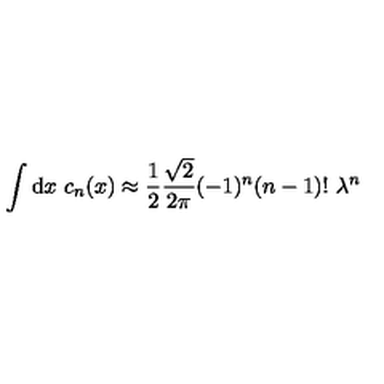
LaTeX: \int \mathrm { d } x \ c _ { n } ( x ) \approx { \frac { 1 } { 2 } } { \frac { \sqrt { 2 } } { 2 \pi } } ( - 1 ) ^ { n } ( n - 1 ) ! \ \lambda ^ { n }